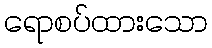
ရောစပ်ထားသော